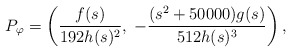
\begin{align*} P_{\varphi}=\left( \frac{f(s)}{192 h(s)^2}, \; -\frac{(s^2+50000) g(s)}{512 h(s)^3} \right),\end{align*}